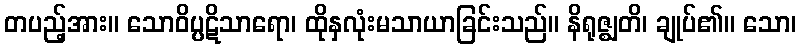
တပည့်အား။ သောဝိပ္ပဋိသာရော၊ ထိုနှလုံးမသာယာခြင်းသည်။ နိရုဇ္ဈတိ၊ ချုပ်၏။ သော၊